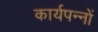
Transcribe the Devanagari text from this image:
कार्यपन्नों